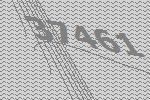
37461